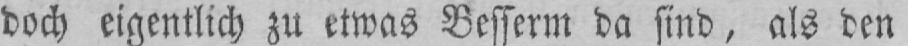
doch eigentlich zu etwas Besserm da sind, als den